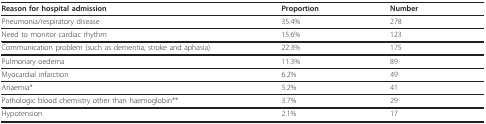
<table><thead><tr><td><b>Reason for hospital admission</b></td><td><b>Proportion</b></td><td><b>Number</b></td></tr></thead><tbody><tr><td>Pneumonia/respiratory disease</td><td>35.4%</td><td>278</td></tr><tr><td>Need to monitor cardiac rhythm</td><td>15.6%</td><td>123</td></tr><tr><td>Communication problem (such as dementia, stroke and aphasia)</td><td>22.3%</td><td>175</td></tr><tr><td>Pulmonary oedema</td><td>11.3%</td><td>89</td></tr><tr><td>Myocardial infarction</td><td>6.2%</td><td>49</td></tr><tr><td>Anaemia*</td><td>5.2%</td><td>41</td></tr><tr><td>Pathologic blood chemistry other than haemoglobin**</td><td>3.7%</td><td>29</td></tr><tr><td>Hypotension</td><td>2.1%</td><td>17</td></tr></tbody></table>